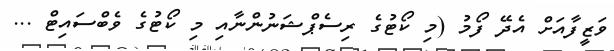
ވަޒީފާއަށް އެދޭ ފޯމު (މި ކޯޓުގެ ރިސެޕްޝަނުންނާއި މި ކޯޓުގެ ވެބްސައިޓް ...